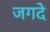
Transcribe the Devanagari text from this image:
जगदे